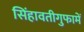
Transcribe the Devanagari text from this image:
सिंहावतीगुफामें